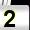
Digit: 2